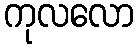
ကုလလော